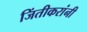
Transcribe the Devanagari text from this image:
जिंतीकरांनी